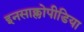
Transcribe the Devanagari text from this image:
इनसाक्लोपीडिया